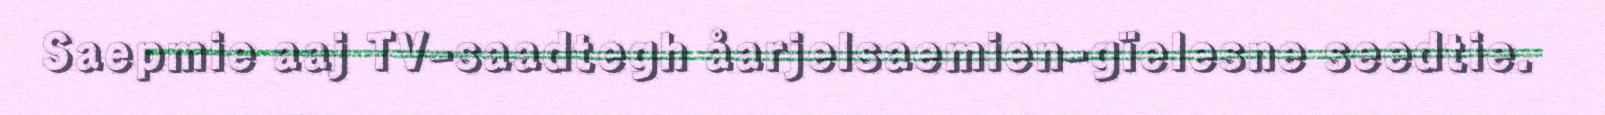
Saepmie aaj TV-saadtegh åarjelsaemien-gïelesne seedtie.